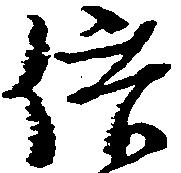
供